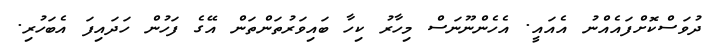
ދުވަސްކޮށްފައެއްނު އެއައީ. އެހެންނޫނަސް މިހާރު ކިހާ ބައިވަރުތަންތަން އޭގެ ފަހުން ހަދައިފަ އެބަހުރި.